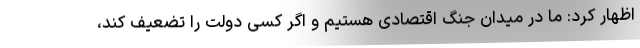
اظهار کرد: ما در میدان جنگ اقتصادی هستیم و اگر کسی دولت را تضعیف کند،